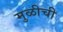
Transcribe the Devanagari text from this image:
मुळीची